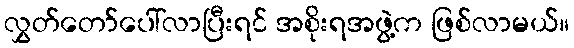
လွှတ်တော်ပေါ်လာပြီးရင် အစိုးရအဖွဲ့က ဖြစ်လာမယ်။